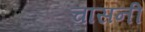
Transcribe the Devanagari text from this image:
चासनी